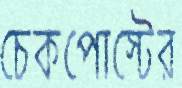
চেকপোস্টের